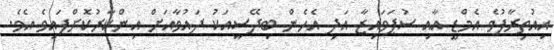
އިއުތިރާފުވެ އެމްޑީ އާއި ސުޕަވައިޒާ އަދި އެހެން ބިދޭސީއަކު ދައުވާއަށް އިންކާރުކޮށްފައިވެ އެވެ.